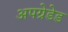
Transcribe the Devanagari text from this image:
अपग्रेडेड